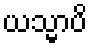
ယသ္မာပိ